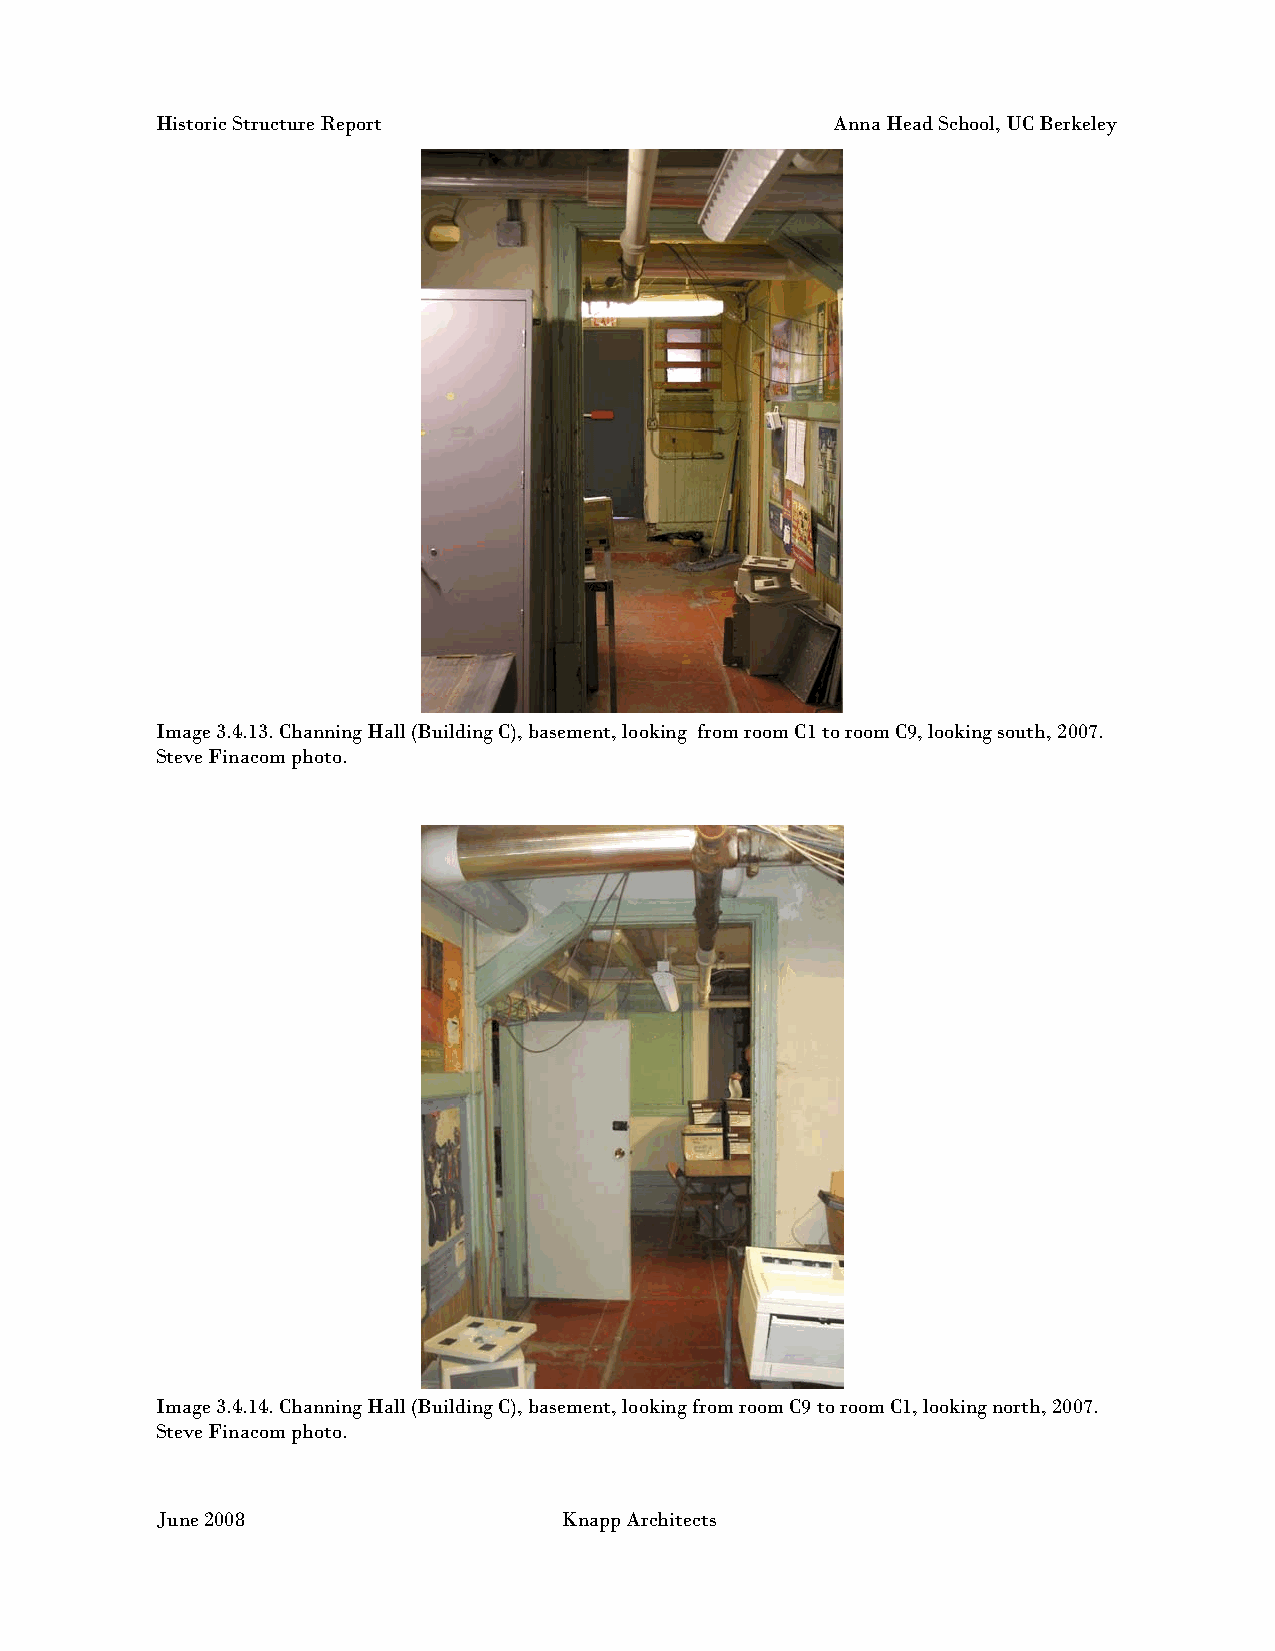
Historic Structure Report                    Anna Head School, UC Berkeley
 Image 3.4.13. Channing Hall (Building C), basement, looking from room C1 to room C9, looking south, 2007.
 Steve Finacom photo.
 Image 3.4.14. Channing Hall (Building C), basement, looking from room C9 to room C1, looking north, 2007.
 Steve Finacom photo.
 June 2008                  Knapp Architects